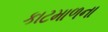
કાટમાળના